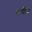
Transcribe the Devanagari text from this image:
सर्वांसि